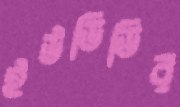
ইউডিডির